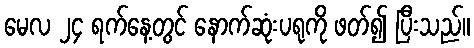
မေလ ၂၄ ရက်နေ့တွင် နောက်ဆုံးပရုကို ဖတ်၍ ပြီးသည်။